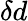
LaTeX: \delta d